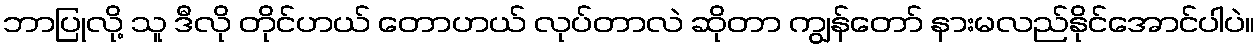
ဘာပြုလို့ သူ ဒီလို တိုင်ဟယ် တောဟယ် လုပ်တာလဲ ဆိုတာ ကျွန်တော် နားမလည်နိုင်အောင်ပါပဲ။